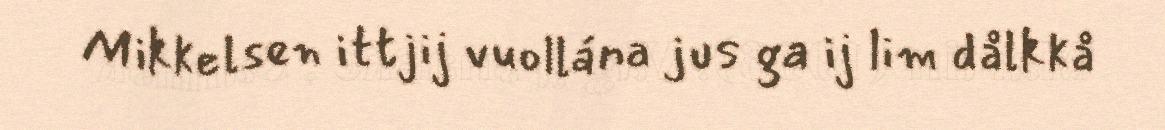
Mikkelsen ittjij vuollána jus ga ij lim dålkkå